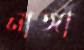
নাঙ্গা